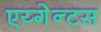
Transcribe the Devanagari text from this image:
एय्गेन्टस